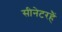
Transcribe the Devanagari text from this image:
सीनेटरहैं